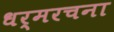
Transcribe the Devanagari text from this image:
धर्मरचना